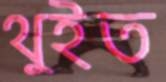
থুইত